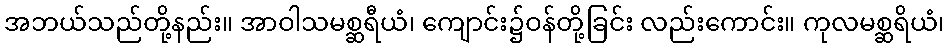
အဘယ်သည်တို့နည်း။ အာဝါသမစ္ဆရီယံ၊ ကျောင်း၌ဝန်တို့ခြင်း လည်းကောင်း။ ကုလမစ္ဆရိယံ၊